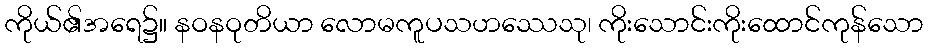
ကိုယ်၏အရေ၌။ နဝနဝုတိယာ လောမကူပသဟဿေသု၊ ကိုးသောင်းကိုးထောင်ကုန်သော